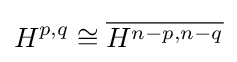
H^{p,q}\cong {\overline {H^{n-p,n-q}}}